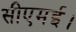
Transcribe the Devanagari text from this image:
सीएमई।